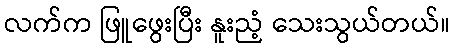
လက်က ဖြူဖွေးပြီး နူးညံ့ သေးသွယ်တယ်။